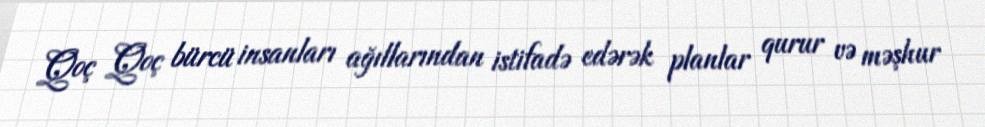
Qoç Qoç bürcü insanları ağıllarından istifadə edərək planlar qurur və məşhur